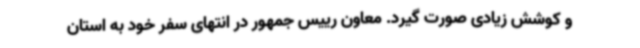
و کوشش زیادی صورت گیرد. معاون رییس جمهور در انتهای سفر خود به استان